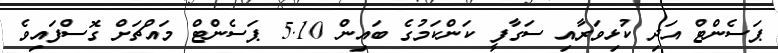
ޕަސެންޓް އަދި ކުޅިވަރާއި ސަގާފީ ކަންކަމުގެ ބައިން 5.10 ޕަސެންޓް މައްޗަށް ގޮސްފައިވެ